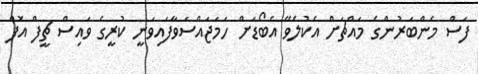
ފަސް މެންބަރުންގެ މައްޗަށް އެކުލެވޭ އެބޯޑަށް ހަމަޖައްސަވާފައިވަނީ ކުރީގެ ވައިސް ޗީފް އޮފް